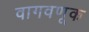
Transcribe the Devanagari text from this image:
वागवणूक